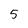
Character: 5